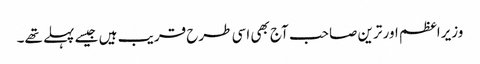
وزیراعظم اور ترین صاحب آج بھی اسی طرح قریب ہیں جیسے پہلے تھے۔